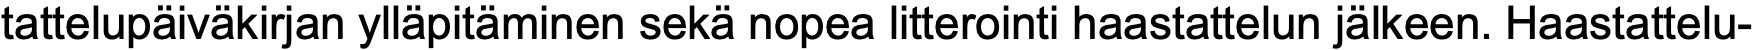
tattelupäiväkirjan ylläpitäminen sekä nopea litterointi haastattelun jälkeen. Haastattelu-